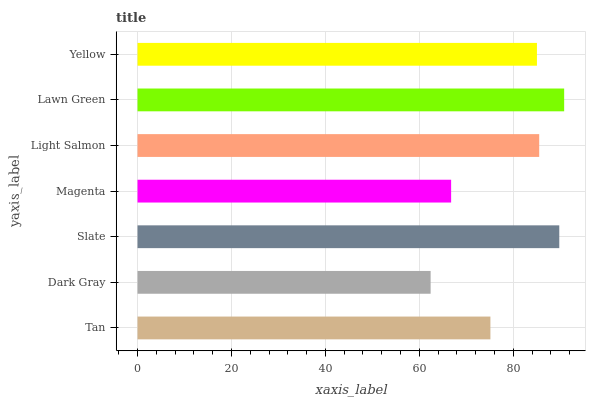
| yaxis_label | bars |
 | --- | --- |
 | Tan | 75.1 |
 | Dark Gray | 62.4 |
 | Slate | 89.8 |
 | Magenta | 66.8 |
 | Light Salmon | 85.5 |
 | Lawn Green | 90.8 |
 | Yellow | 85 |